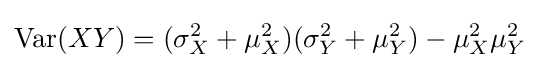
\operatorname {Var} (XY)=(\sigma _{X}^{2}+\mu _{X}^{2})(\sigma _{Y}^{2}+\mu _{Y}^{2})-\mu _{X}^{2}\mu _{Y}^{2}